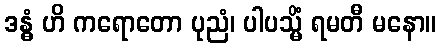
ဒန္ဓံ ဟိ ကရောတော ပုညံ၊ ပါပသ္မိံ ရမတီ မနော။